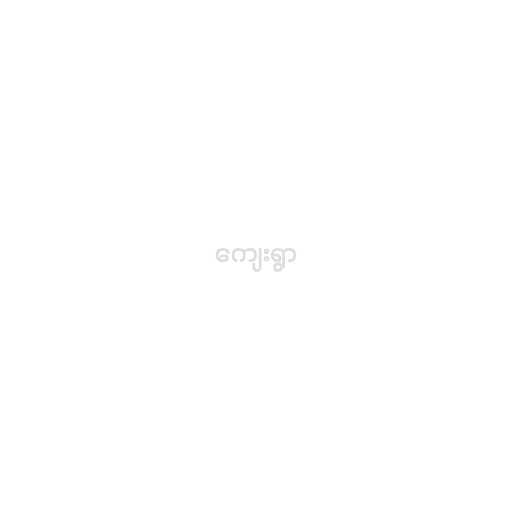
ကျေးရွာ